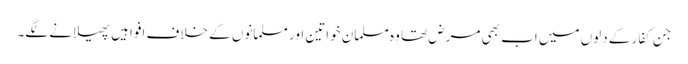
جن کفار کے دلوں میں اب بھی مرض تھا وہ مسلمان خواتین اور مسلمانوں کے خلاف افواہیں پھیلانے لگے۔